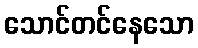
သောင်တင်နေသော